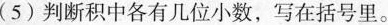
(5) 判断积中各有几位小数, 在括号里。